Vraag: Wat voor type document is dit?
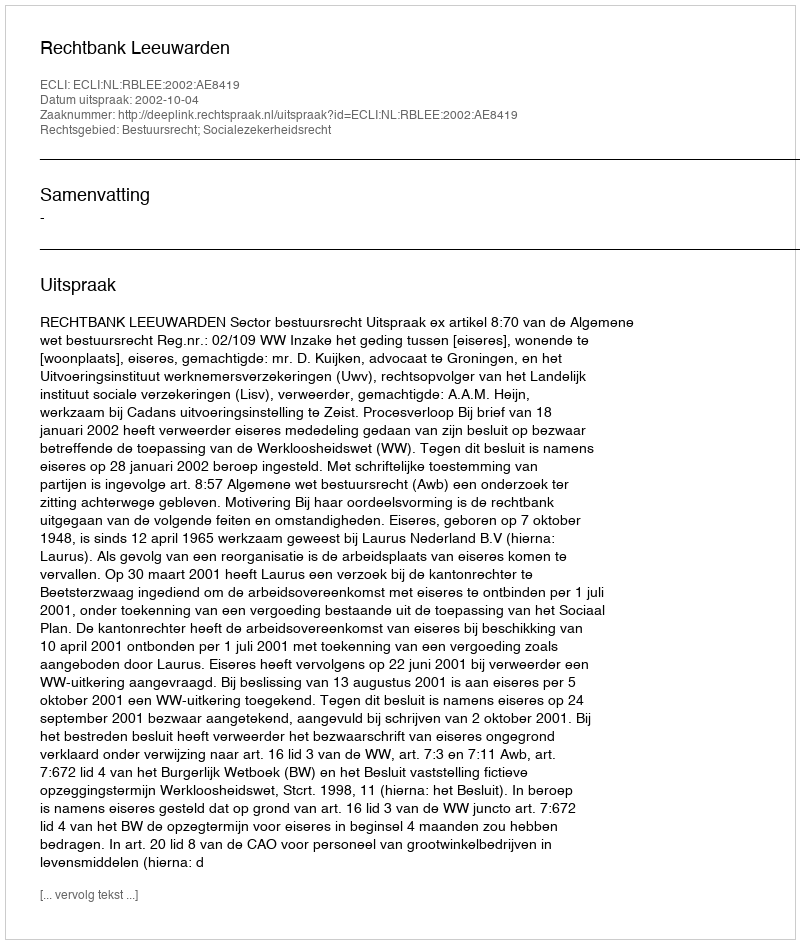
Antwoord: Uitspraak